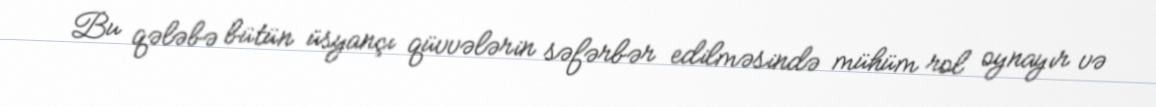
Bu qələbə bütün üsyançı qüvvələrin səfərbər edilməsində mühüm rol oynayır və